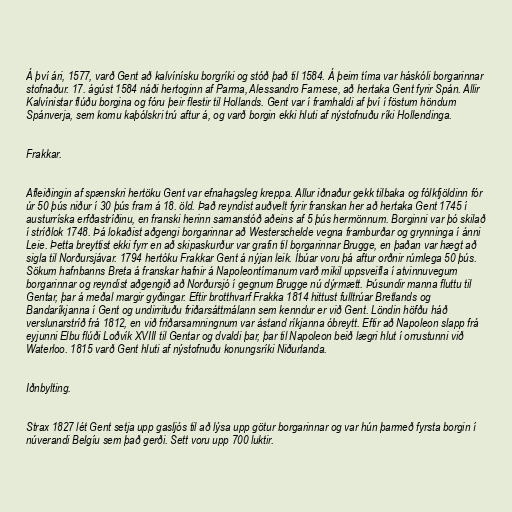
Á því ári, 1577, varð Gent að kalvínísku borgríki og stóð það til 1584. Á þeim tíma var háskóli borgarinnar
stofnaður. 17. ágúst 1584 náði hertoginn af Parma, Alessandro Farnese, að hertaka Gent fyrir Spán. Allir
Kalvínistar flúðu borgina og fóru þeir flestir til Hollands. Gent var í framhaldi af því í föstum höndum
Spánverja, sem komu kaþólskri trú aftur á, og varð borgin ekki hluti af nýstofnuðu ríki Hollendinga.

Frakkar.

Afleiðingin af spænskri hertöku Gent var efnahagsleg kreppa. Allur iðnaður gekk tilbaka og fólkfjöldinn fór
úr 50 þús niður í 30 þús fram á 18. öld. Það reyndist auðvelt fyrir franskan her að hertaka Gent 1745 í
austurríska erfðastríðinu, en franski herinn samanstóð aðeins af 5 þús hermönnum. Borginni var þó skilað
í stríðlok 1748. Þá lokaðist aðgengi borgarinnar að Westerschelde vegna framburðar og grynninga í ánni
Leie. Þetta breyttist ekki fyrr en að skipaskurður var grafin til borgarinnar Brugge, en þaðan var hægt að
sigla til Norðursjávar. 1794 hertóku Frakkar Gent á nýjan leik. Íbúar voru þá aftur orðnir rúmlega 50 þús.
Sökum hafnbanns Breta á franskar hafnir á Napoleontímanum varð mikil uppsveifla í atvinnuvegum
borgarinnar og reyndist aðgengið að Norðursjó í gegnum Brugge nú dýrmætt. Þúsundir manna fluttu til
Gentar, þar á meðal margir gyðingar. Eftir brotthvarf Frakka 1814 hittust fulltrúar Bretlands og
Bandaríkjanna í Gent og undirrituðu friðarsáttmálann sem kenndur er við Gent. Löndin höfðu háð
verslunarstríð frá 1812, en við friðarsamningnum var ástand ríkjanna óbreytt. Eftir að Napoleon slapp frá
eyjunni Elbu flúði Loðvík XVIII til Gentar og dvaldi þar, þar til Napoleon beið lægri hlut í orrustunni við
Waterloo. 1815 varð Gent hluti af nýstofnuðu konungsríki Niðurlanda.

Iðnbylting.

Strax 1827 lét Gent setja upp gasljós til að lýsa upp götur borgarinnar og var hún þarmeð fyrsta borgin í
núverandi Belgíu sem það gerði. Sett voru upp 700 luktir.